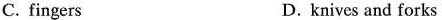
C. fingers D. knives and forks